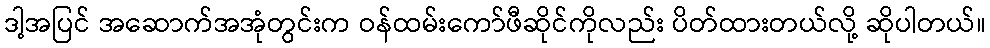
ဒါ့အပြင် အဆောက်အအုံတွင်းက ဝန်ထမ်းကော်ဖီဆိုင်ကိုလည်း ပိတ်ထားတယ်လို့ ဆိုပါတယ်။